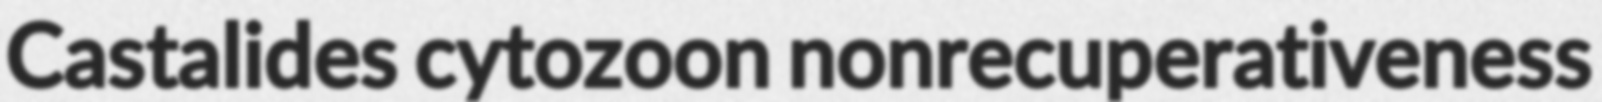
Castalides cytozoon nonrecuperativeness